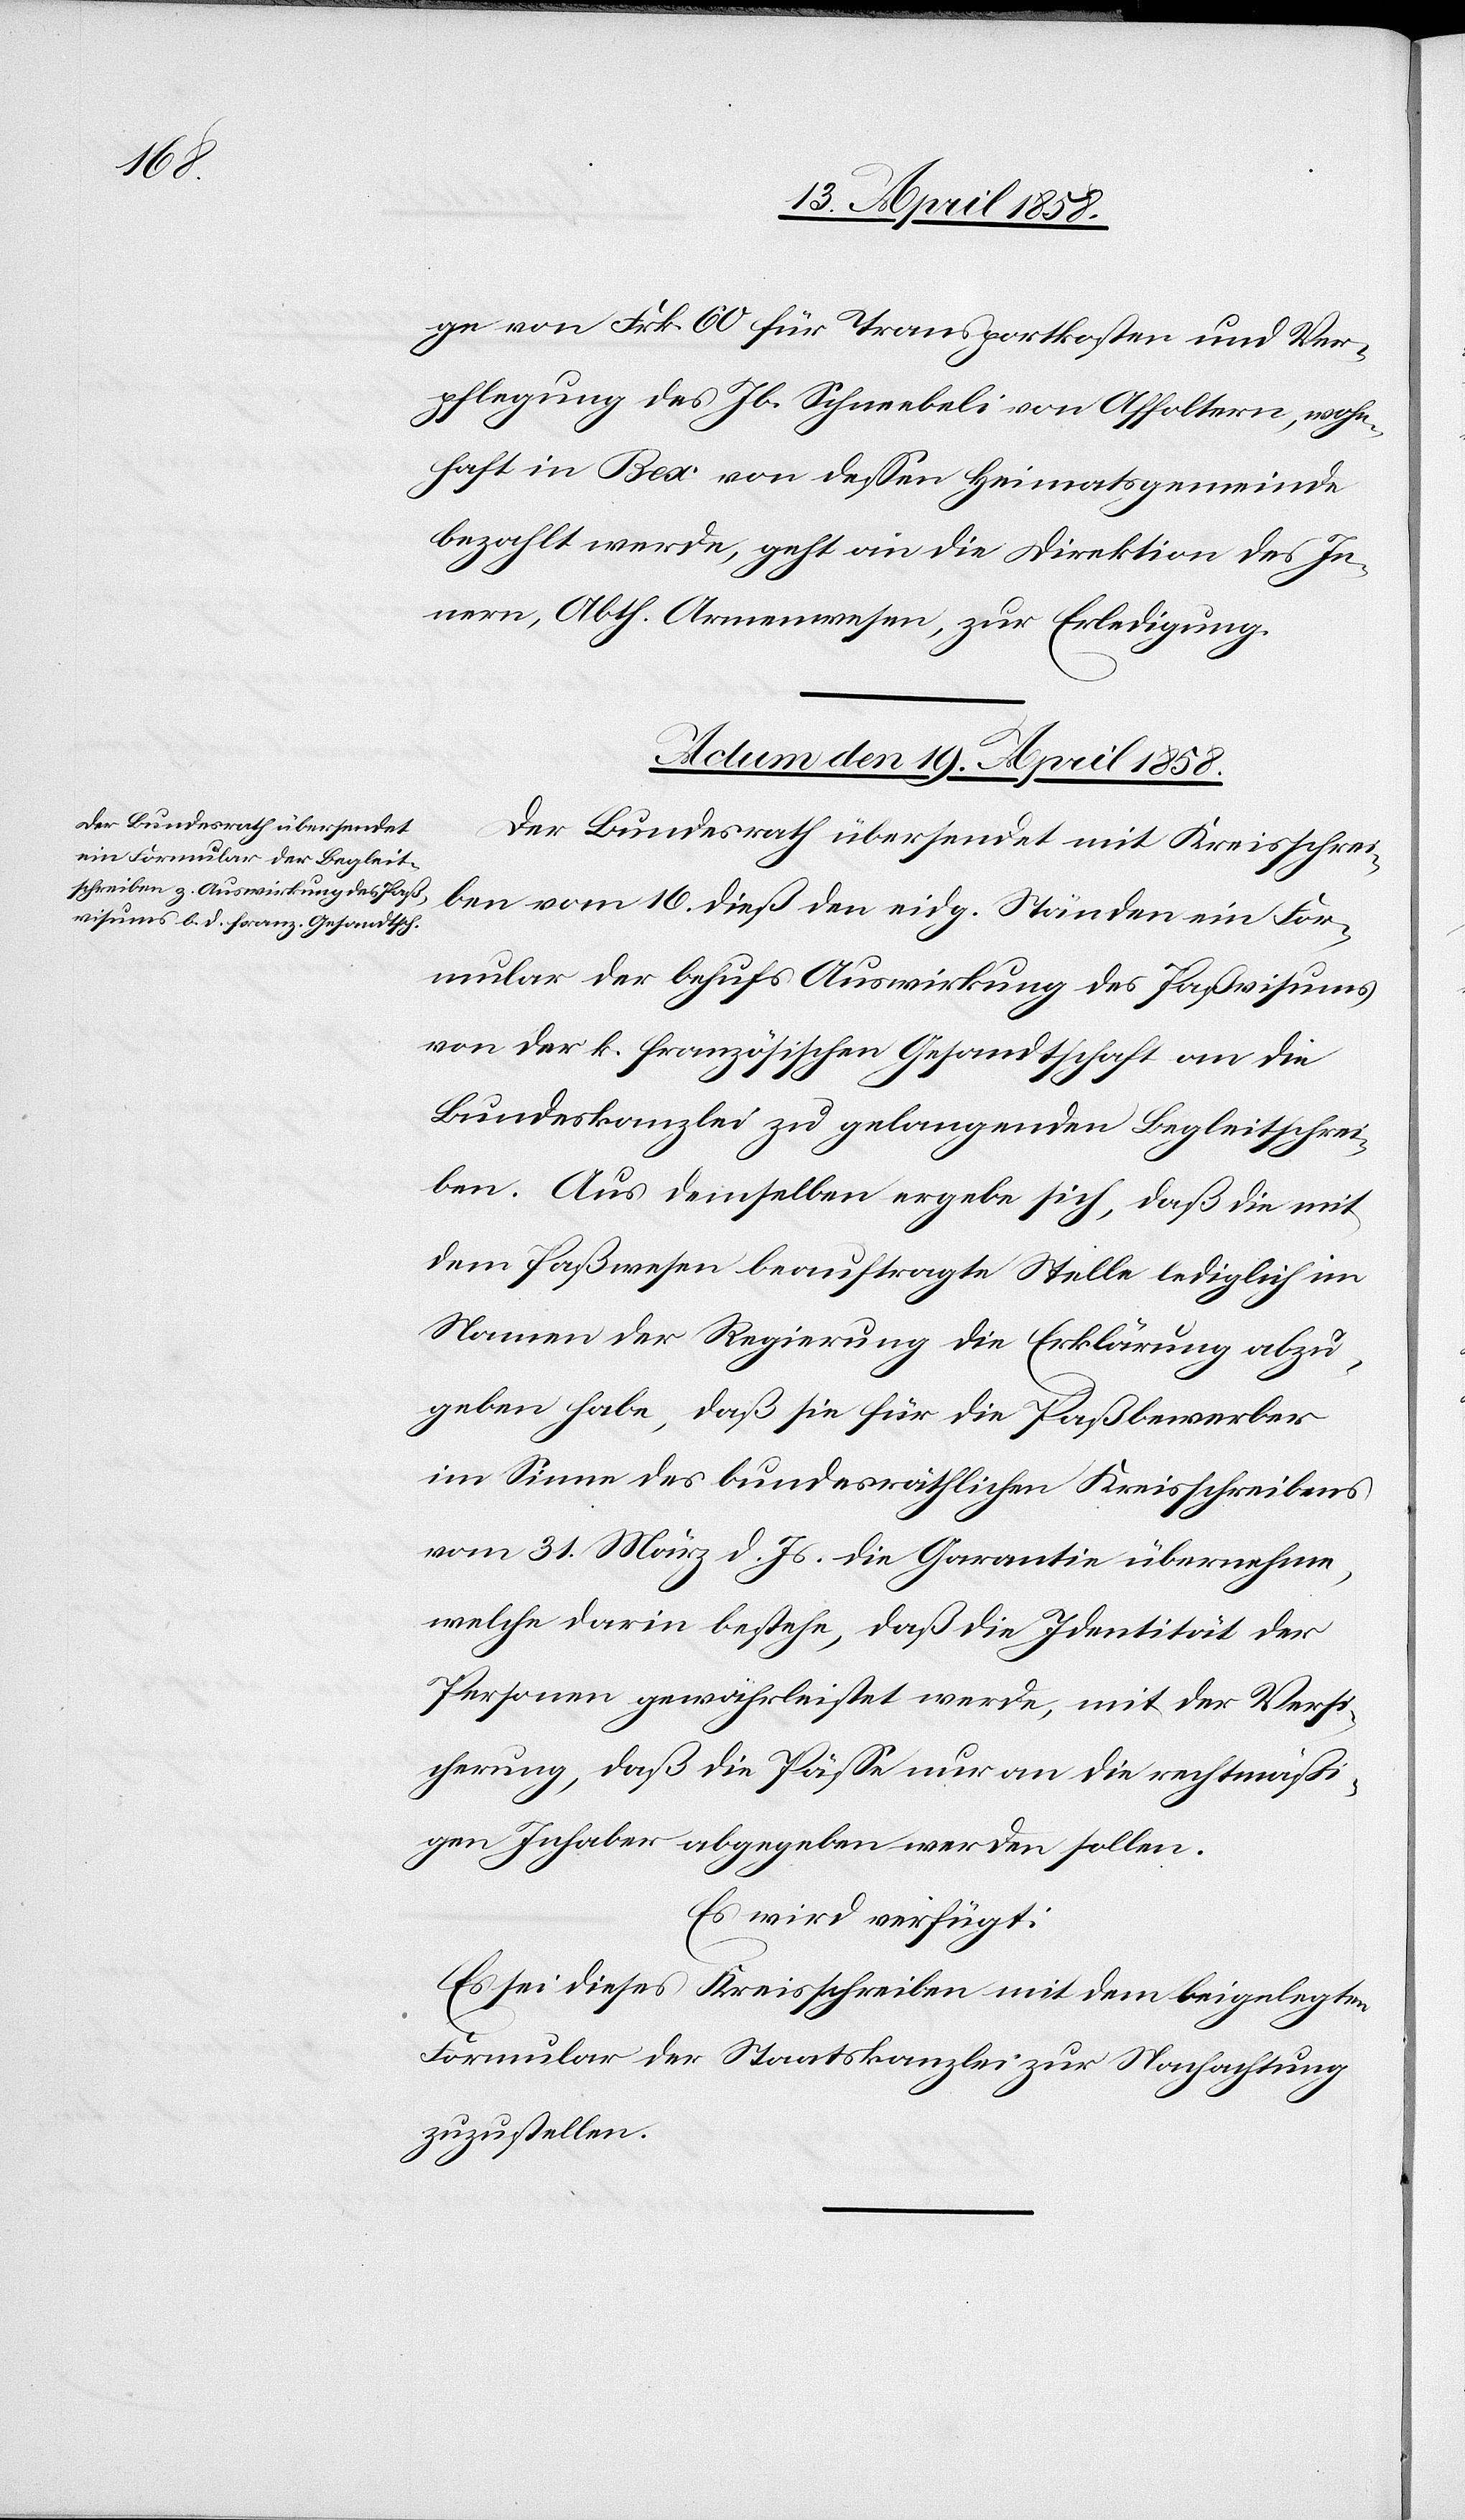
ge von Frk. 60 für Transportkosten und Ver¬
pflegung des Jb. Schneebeli von Affoltern, wohn¬
haft in Bex von dessen Heimatsgemeinde
bezahlt werde, geht an die Direktion des In¬
nern, Abth. Armenwesen, zur Erledigung.
Actum den 19. April 1858.
Der Bundesrath übersendet mit Kreisschrei¬
ben vom 16. dieß den eidg. Ständen ein For¬
mular der behufs Auswirkung des Paßvisums
von der k. französischen Gesandtschaft an die
Bundeskanzlei zu belangenden Begleitschrei¬
ben. Aus demselben ergebe sich, daß die mit
dem Paßwesen beauftragte Stelle lediglich im
Namen der Regierung die Erklärung abzu¬
geben habe, daß sie für die Paßbewerber
im Sinne des bundesräthlichen Kreisschreibens
vom 31. März d. Js. die Garantie übernehme,
welche darin bestehe, daß die Identität der
Personen gewährleistet werde, mit der Versi¬
cherung, daß die Pässe nur an die rechtmäßi¬
gen Inhaber abgegeben werden sollen.
Es wird verfügt
Es sei dieses Kreisschreiben mit dem beigelegten
Formular der Staatskanzlei zur Nachachtung
zuzustellen.